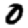
Digit: 0